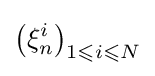
\left(\xi _{n}^{i}\right)_{1\leqslant i\leqslant N}